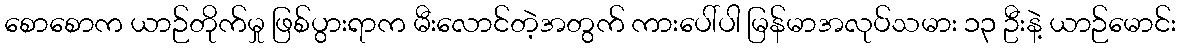
စောစောက ယာဉ်တိုက်မှု ဖြစ်ပွားရာက မီးလောင်တဲ့အတွက် ကားပေါ်ပါ မြန်မာအလုပ်သမား ၁၃ ဦးနဲ့ ယာဉ်မောင်း